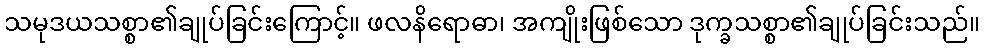
သမုဒယသစ္စာ၏ချုပ်ခြင်းကြောင့်။ ဖလနိရောဓာ၊ အကျိုးဖြစ်သော ဒုက္ခသစ္စာ၏ချုပ်ခြင်းသည်။